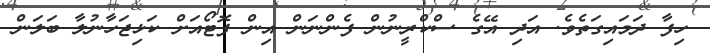
ހިފާ ދަމައިގަތެވެ. އަދި އޭގެ ސްކްރީނުން ފެންނަން އިން ފޮޓޯއަށް ކަޅިޖަހާނުލާ ބަލަން